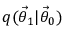
q ( \ensuremath { \vec { \theta } } _ { 1 } | \ensuremath { \vec { \theta } } _ { 0 } )